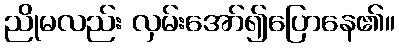
ညိုမလည်း လှမ်းအော်၍ပြောနေ၏။